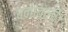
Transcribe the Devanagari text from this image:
बनावली।